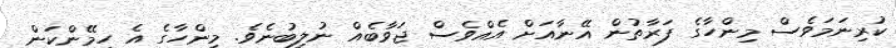
ކުރިނަމަވެސް މިންހާގެ ފަރާތުން އޭނާއަށް އެއްވެސް ޖަވާބެއް ނުލިބުނެވެ. މިންހާގެ އެ ހިމޭންކަން